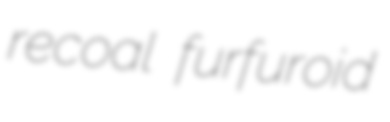
recoal furfuroid